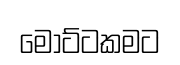
මොට්ටකමට